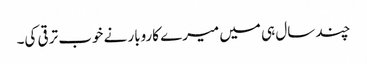
چند سال ہی میں میرے کاروبار نے خوب ترقی کی۔